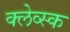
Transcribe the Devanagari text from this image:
क्लेव्स्क